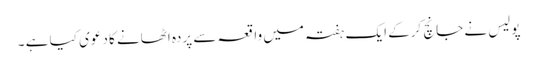
پولیس نے جانچ کرکے ایک ہفتہ میں واقعہ سے پردہ اٹھانے کا دعوی کیا ہے ۔